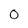
Character: 0